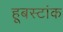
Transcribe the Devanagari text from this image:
हूबस्टांक